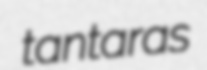
tantaras